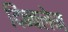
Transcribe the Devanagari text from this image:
दिन्क्लेज